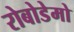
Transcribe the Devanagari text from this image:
रोबोडेमो